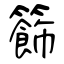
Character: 籂